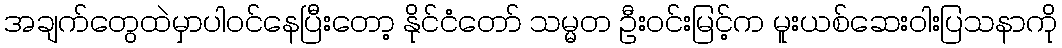
အချက်တွေထဲမှာပါဝင်နေပြီးတော့ နိုင်ငံတော် သမ္မတ ဦးဝင်းမြင့်က မူးယစ်ဆေးဝါးပြသနာကို